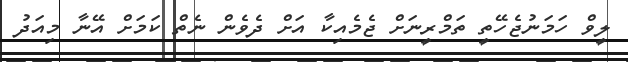
ލީވް ހަމަނުޖެހޭތީ ތަމްރީނަށް ޖެމެއިކާ އަށް ދެވެން ނެތް ކަމަށް އޭނާ މިއަދު